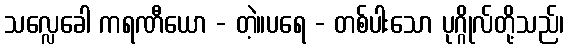
သလ္လေခေါ ကရဏီယော - တဲ့။ပရေ - တစ်ပါးသော ပုဂ္ဂိုလ်တို့သည်၊